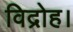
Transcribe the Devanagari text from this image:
विद्रोह।